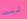
لست